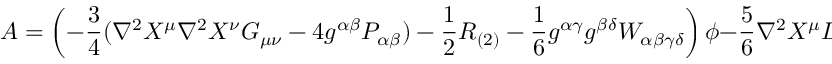
{ \cal A } = \left( - \frac { 3 } { 4 } ( \nabla ^ { 2 } X ^ { \mu } \nabla ^ { 2 } X ^ { \nu } G _ { \mu \nu } - 4 g ^ { \alpha \beta } P _ { \alpha \beta } ) - \frac { 1 } { 2 } R _ { ( 2 ) } - \frac { 1 } { 6 } g ^ { \alpha \gamma } g ^ { \beta \delta } W _ { \alpha \beta \gamma \delta } \right) \phi - \frac { 5 } { 6 } \nabla ^ { 2 } X ^ { \mu } D _ { \mu } \phi .